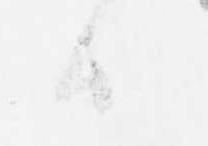
候